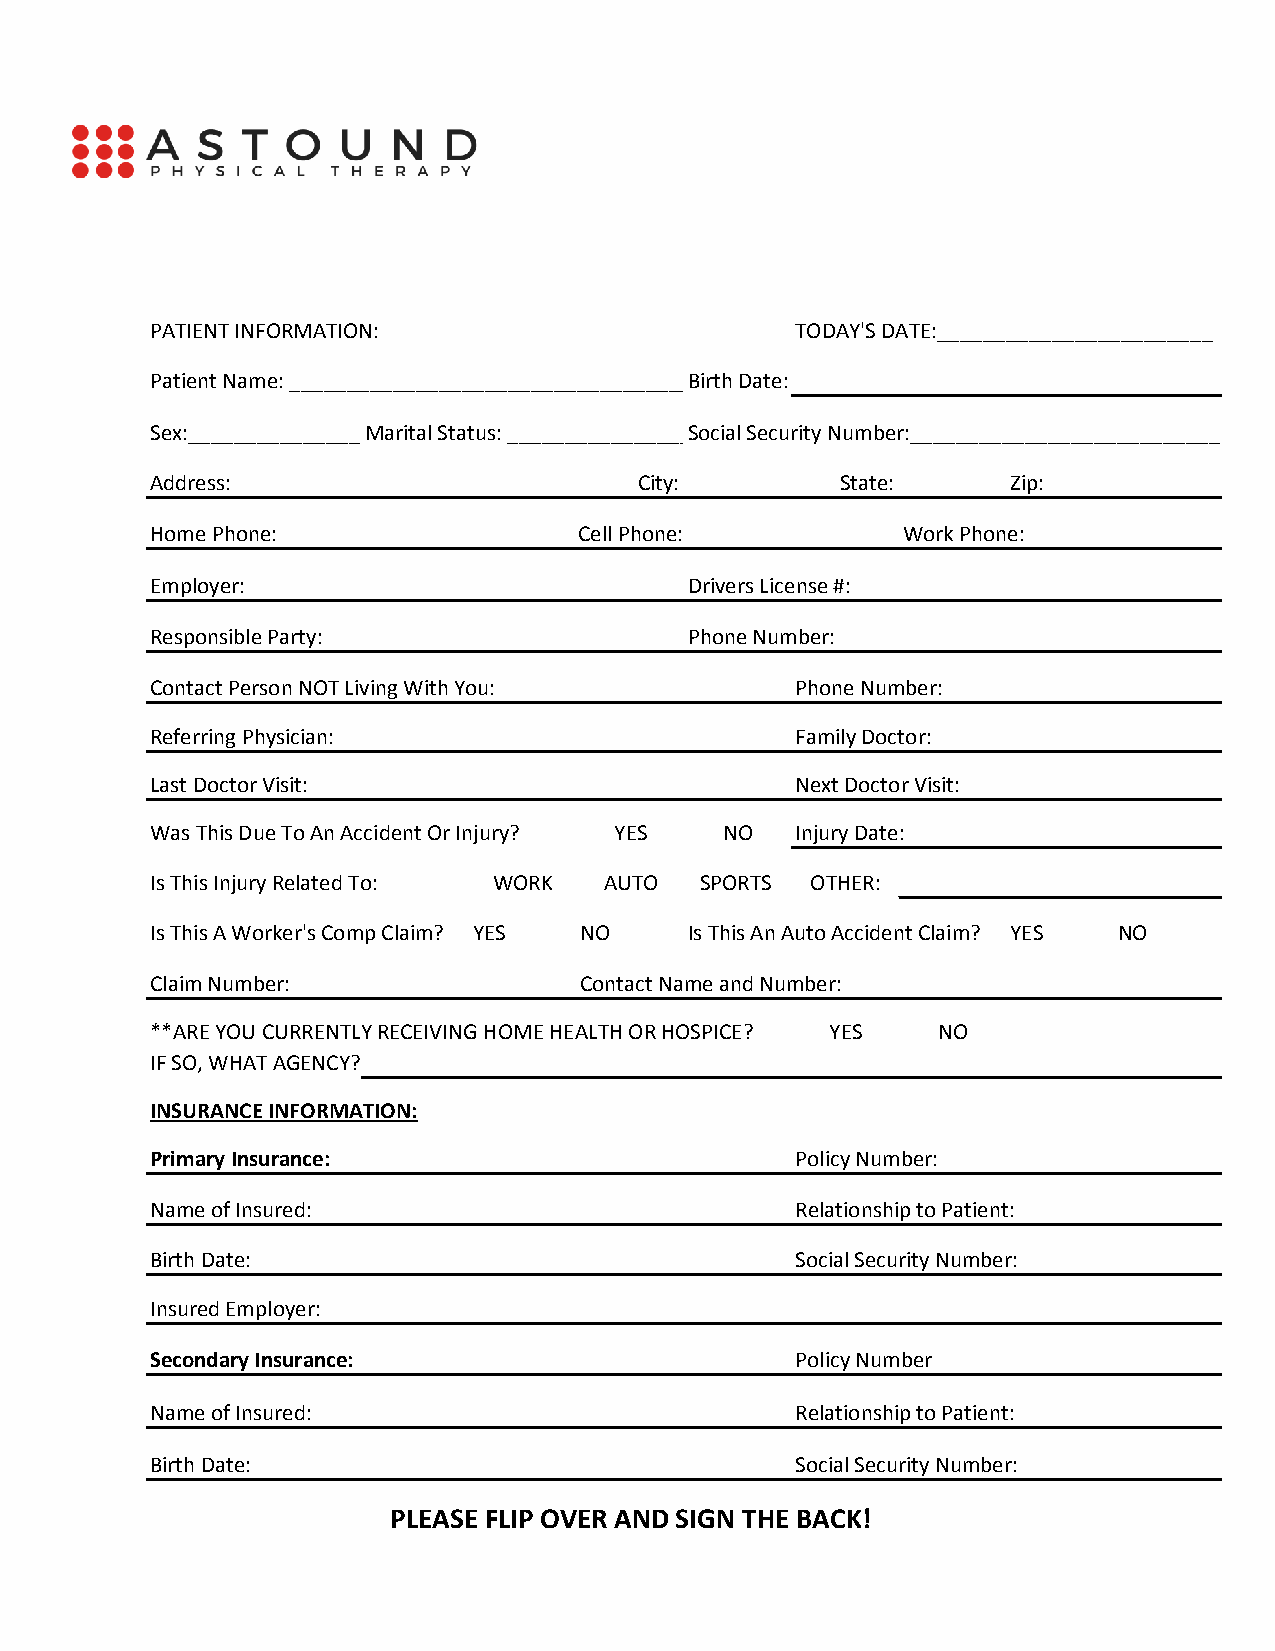
PATIENT INFORMATION:                       TODAY'S DATE:________________________
 Patient Name: ___________________________________Birth Date:
 Sex:_______________Marital Status: ________________S_o_c_ia_l_ S_e_c_u_r_ity Number:___________________________
 Address:                        City:         State:     Zip:
 Home Phone:                 Cell Phone:           Work Phone:
 Employer:                           Drivers License #:
 Responsible Party:                  Phone Number:
 Contact Person NOT Living With You:        Phone Number:
 Referring Physician:                       Family Doctor:
 Last Doctor Visit:                         Next Doctor Visit:
 Was This Due To An Accident Or Injury? YES NO Injury Date:
 Is This Injury Related To: WORK AUTO SPORTS OTHER:
 Is This A Worker's Comp Claim? YES NO Is This An Auto Accident Claim? YES NO
 Claim Number:               Contact Name and Number:
 **ARE YOU CURRENTLY RECEIVING HOME HEALTH OR HOSPICE? YES NO
 IF SO, WHAT AGENCY?
 INSURANCE INFORMATION:
 Primary Insurance:                         Policy Number:
 Name of Insured:                           Relationship to Patient:
 Birth Date:                                Social Security Number:
 Insured Employer:
 Secondary Insurance:                       Policy Number
 Name of Insured:                           Relationship to Patient:
 Birth Date:                                Social Security Number:
 PLEASE FLIP OVER AND SIGN THE BACK!